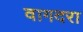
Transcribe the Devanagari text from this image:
वागदरा